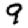
Digit: 9